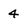
Character: 4